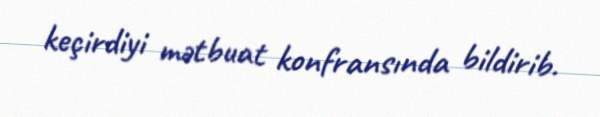
keçirdiyi mətbuat konfransında bildirib.